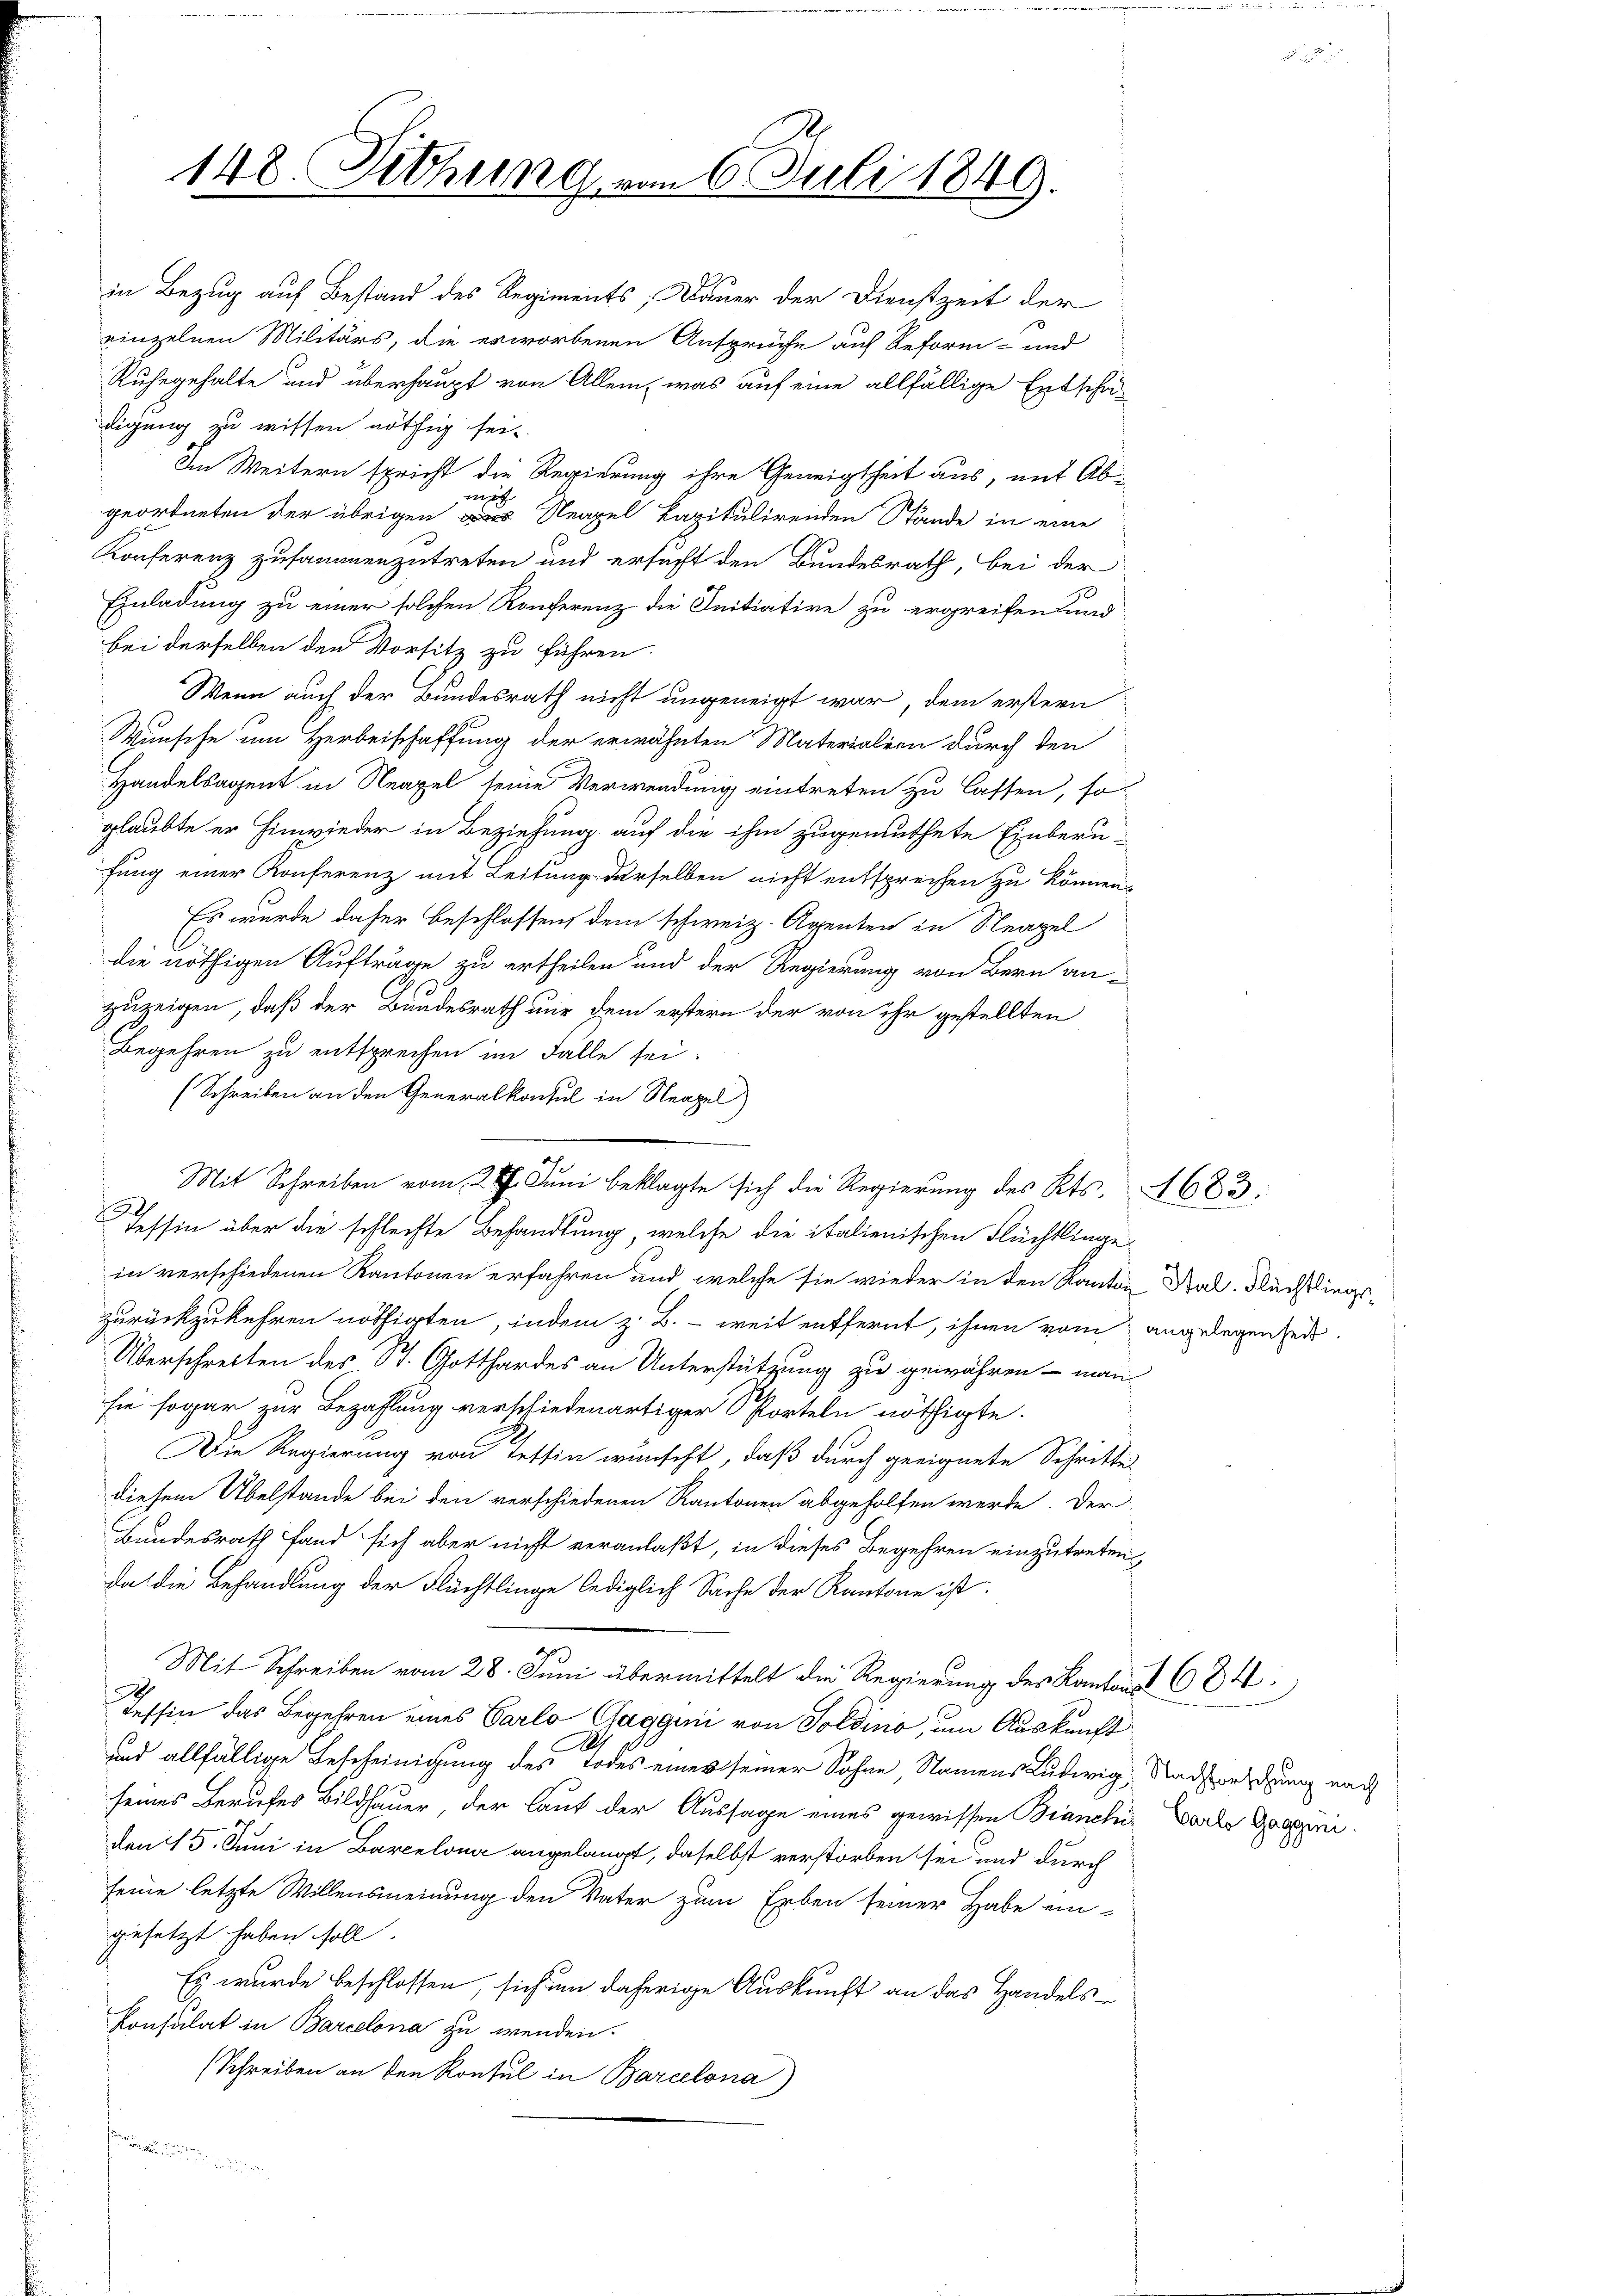
148. Sitzung vom 6. Juli 1849.

in Bezug auf Bestand des Regiments; Dauer der Dienstzeit der
einzelnen Militärs, die erworbenen Ansprüche auf Reform- und
Ruhegehalte und überhaupt von Allem, was auf eine allfällige Entschä-
digung zu wissen nöthig sei.
Im Weitern spricht die Regierung ihre Geneigtheit aus, mit Abmech
geordneten der übrigen das Neapel kapitulirenden Stände in eine
Konferenz zusammenzutreten und ersucht den Bundesrath, bei der
Einladung zu einer solchen Konferenz die Initiative zu ergreifen und
bei derselben den Vorsitz zu führen.
Wenn auch der Bundesrath nicht ungeneigt war, dem erstern
Wunsche um Herbeischaffung der erwähnten Materialien durch den
Handelsagent in Neapel seine Verwendung eintreten zu lassen, so
glaubte er hinwieder in Beziehung auf die ihm zugemuthete Einberu-
fung einer Konferenz mit Leitung derselben nicht entsprechen zu können.
Es wurde daher beschlossen, dem schweiz. Agenten in Neapel
die nöthigen Aufträge zu ertheilen und der Regierung von Bern an-
zuzeigen, daß der Bundesrath nur dem erstern der von ihr gestellten
Begehren zu entsprechen im Falle sei.
Tessin über die schlechte Behandlung, welche die italienischen Flüchtlinge
in verschiedenen Kantonen erfahren und welche sie wieder in den Kanton Sal. Flüchtlingszurückzukehren nöthigten, indem z. B. - weit entfernt, ihnen vom
Überschreiten des St. Gotthardes an Unterstützung zu gewähren - man
sie sogar zur Bezahlung verschiedenartiger Sorteln nöthigte.
Die Regierung von Tessin wünscht, daß durch geeignete Schritte
diesem Übelstande bei den verschiedenen Kantonen abgeholfen werde. Der
Bundesrath fand sich aber nicht veranlaßt, in dieses Begehren einzutreten
da die Behandlung der Flüchtlinge lediglich Sache der Kantone ist.
Mit Schreiben vom 28. Juni übermittelt die Regierung des Kantons
Tessin das Begehren eines Carlo Caggini von Soldino, um Auskunft
und allfällige Bescheinigung des Todes eines seiner Sohne, Namens Ludwig,
seines Berufes Bildhauer, der laut der Aussage eines gewissen Biancle
den 15. Juni in Barcelona angelangt, daselbst verstorben sei und durch
seine letzte Willensmeinung den Vater zum Erben seiner Habe ein-
gesetzt haben soll
Es wurde beschlossen, sich um daherige Auskunft an das Handels¬
Konsulat in Barcelona zu wenden.
(Schreiben an den Konsul in Barcelona)
tretenten eine

(Schreiben an den Generalkonsul in Neapel
Mit Schreiben vom 28. Juni beklagte sich die Regierung des Kts. 683:

angelegenheit.

1684.

Nachforschung nach
Carlo Gaggini.